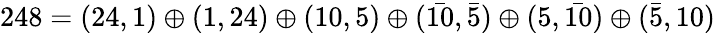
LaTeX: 248=(24,1)\oplus(1,24)\oplus(10,5)\oplus(\bar{10},\bar{5})\oplus(5,\bar{10})\oplus(\bar{5},10)